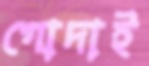
গোদাই